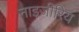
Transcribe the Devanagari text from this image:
नाइजीरिय